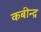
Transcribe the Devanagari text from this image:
कबीन्द्र